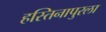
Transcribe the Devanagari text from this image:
हस्तिनापुरला